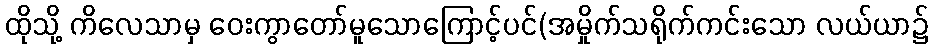
ထိုသို့ ကိလေသာမှ ဝေးကွာတော်မူသောကြောင့်ပင်(အမှိုက်သရိုက်ကင်းသော လယ်ယာ၌